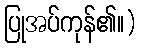
ပြုအပ်ကုန်၏။)